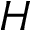
H